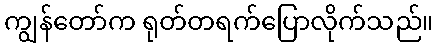
ကျွန်တော်က ရုတ်တရက်ပြောလိုက်သည်။